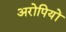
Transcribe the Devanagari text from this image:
अरोपियों